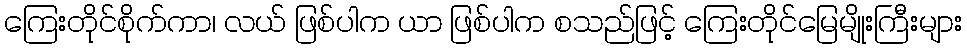
ကြေးတိုင်စိုက်ကာ၊ လယ် ဖြစ်ပါက ယာ ဖြစ်ပါက စသည်ဖြင့် ကြေးတိုင်မြေမျိုးကြီးများ